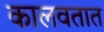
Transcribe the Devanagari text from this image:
कालवतात